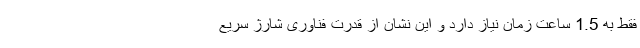
فقط به 1.5 ساعت زمان نیاز دارد و این نشان از قدرت فناوری شارژ سریع